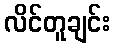
လိင်တူချင်း